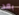
بعد